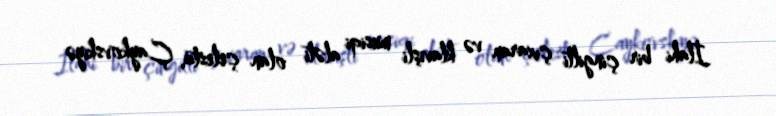
İlahi bir çingilti çıxaran və klavişli musiqi aləti olan çelesta, Çaykovskiyə